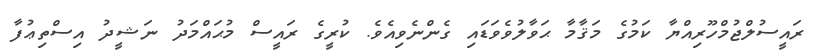
ރައީސުލްޖުމްހޫރިއްޔާ ކަމުގެ މަޤާމާ ޙަވާލުވެވަޑައި ގެންނެވިއެވެ. ކުރީގެ ރައީސް މުޙައްމަދު ނަޝީދު އިސްތިޢުފާ